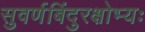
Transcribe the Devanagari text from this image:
सुवर्णबिंदुरक्षोभ्यः